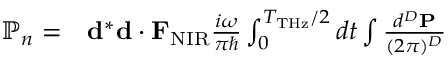
\begin{array} { r l } { \mathbb { P } _ { n } = } & { { } { \bf d } ^ { * } { \bf d } \cdot { \bf F } _ { \mathrm { N I R } } \frac { i \omega } { \pi \hbar } \int _ { 0 } ^ { T _ { \mathrm { T H z } } / 2 } d t \int \frac { d ^ { D } { \bf P } } { ( 2 \pi ) ^ { D } } } \end{array}